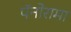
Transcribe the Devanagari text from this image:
पॅनोरामा